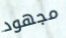
مجهود